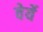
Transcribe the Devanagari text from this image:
वेर्ये